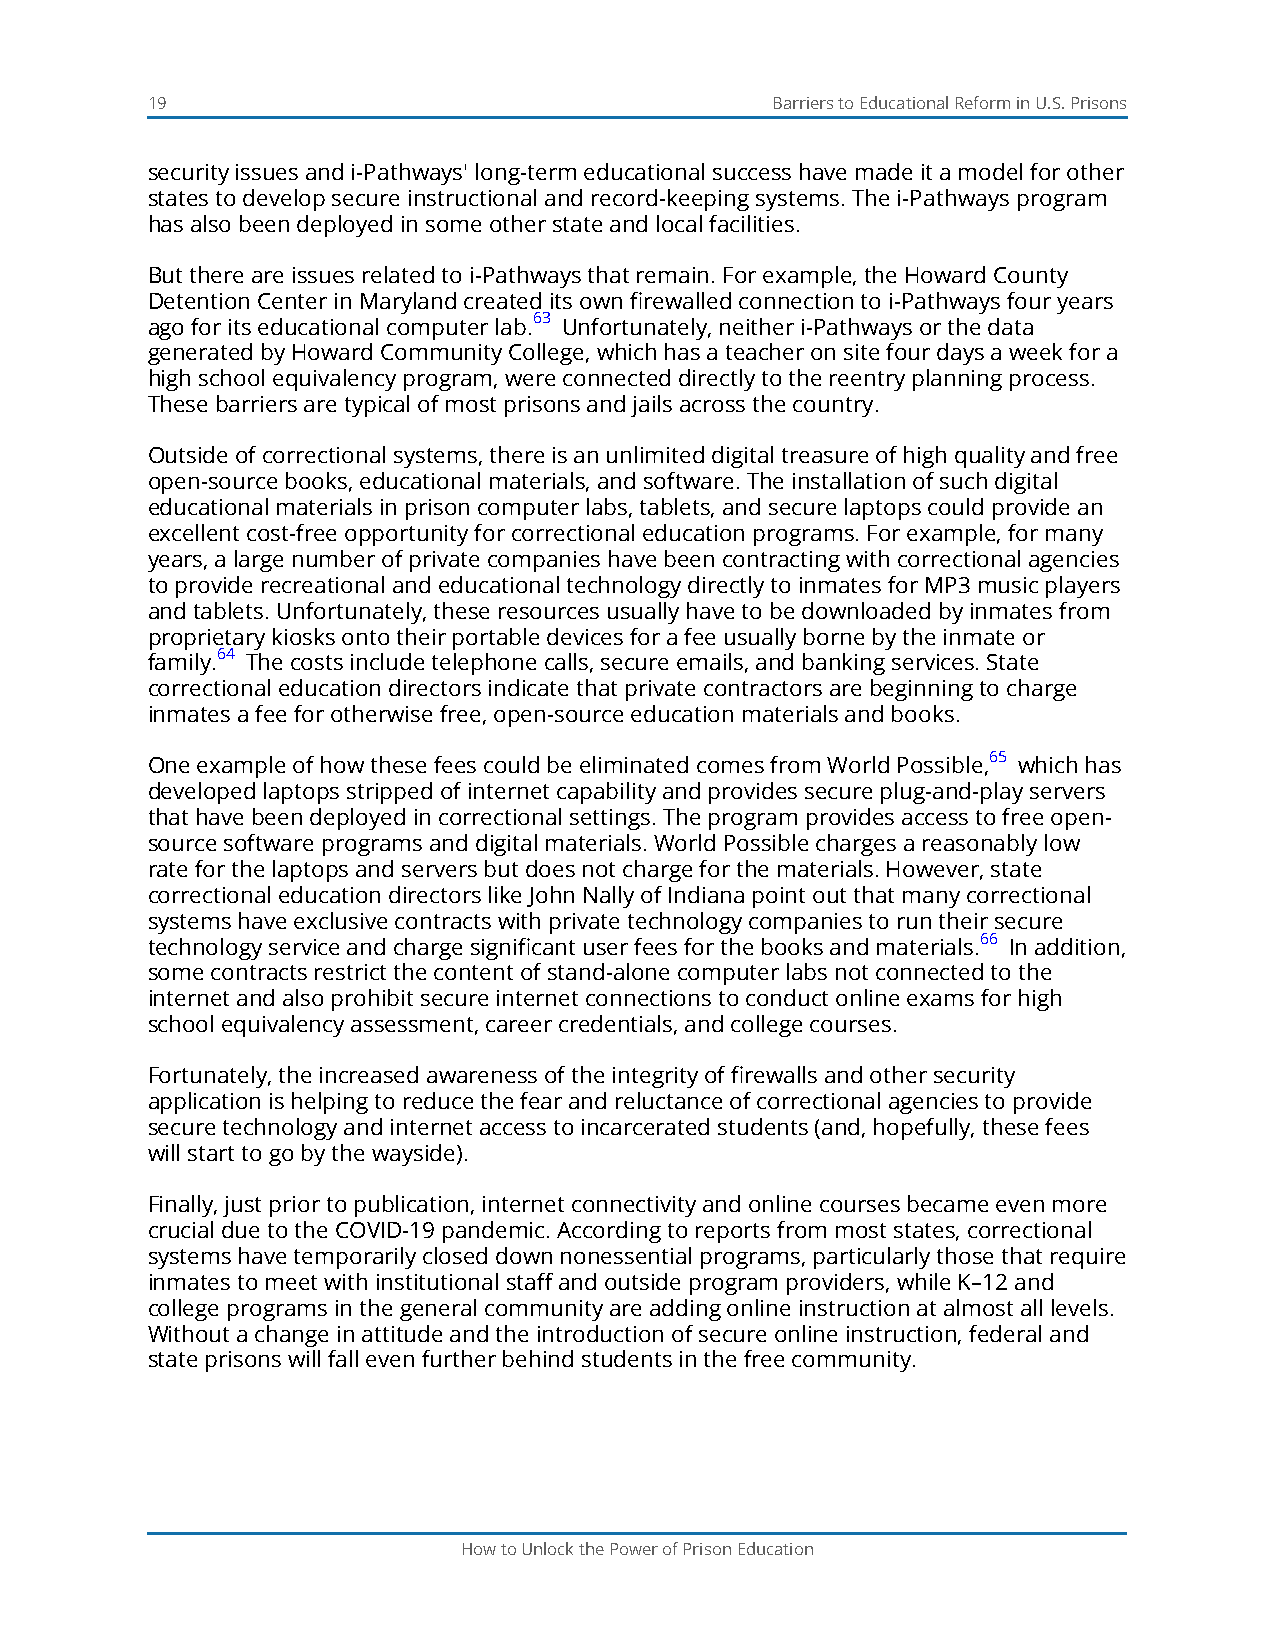
19                                       Barriers to Educational Reform in U.S. Prisons
 security issues and i-Pathways' long-term educational success have made it a model for other
 states to develop secure instructional and record-keeping systems. The i-Pathways program
 has also been deployed in some other state and local facilities.
 But there are issues related to i-Pathways that remain. For example, the Howard County
 Detention Center in Maryland created its own firewalled connection to i-Pathways four years
 ago for its educational computer lab.63 Unfortunately, neither i-Pathways or the data
 generated by Howard Community College, which has a teacher on site four days a week for a
 high school equivalency program, were connected directly to the reentry planning process.
 These barriers are typical of most prisons and jails across the country.
 Outside of correctional systems, there is an unlimited digital treasure of high quality and free
 open-source books, educational materials, and software. The installation of such digital
 educational materials in prison computer labs, tablets, and secure laptops could provide an
 excellent cost-free opportunity for correctional education programs. For example, for many
 years, a large number of private companies have been contracting with correctional agencies
 to provide recreational and educational technology directly to inmates for MP3 music players
 and tablets. Unfortunately, these resources usually have to be downloaded by inmates from
 proprietary kiosks onto their portable devices for a fee usually borne by the inmate or
 family.64 The costs include telephone calls, secure emails, and banking services. State
 correctional education directors indicate that private contractors are beginning to charge
 inmates a fee for otherwise free, open-source education materials and books.
 One example of how these fees could be eliminated comes from World Possible,65 which has
 developed laptops stripped of internet capability and provides secure plug-and-play servers
 that have been deployed in correctional settings. The program provides access to free open-
 source software programs and digital materials. World Possible charges a reasonably low
 rate for the laptops and servers but does not charge for the materials. However, state
 correctional education directors like John Nally of Indiana point out that many correctional
 systems have exclusive contracts with private technology companies to run their secure
 technology service and charge significant user fees for the books and materials.66 In addition,
 some contracts restrict the content of stand-alone computer labs not connected to the
 internet and also prohibit secure internet connections to conduct online exams for high
 school equivalency assessment, career credentials, and college courses.
 Fortunately, the increased awareness of the integrity of firewalls and other security
 application is helping to reduce the fear and reluctance of correctional agencies to provide
 secure technology and internet access to incarcerated students (and, hopefully, these fees
 will start to go by the wayside).
 Finally, just prior to publication, internet connectivity and online courses became even more
 crucial due to the COVID-19 pandemic. According to reports from most states, correctional
 systems have temporarily closed down nonessential programs, particularly those that require
 inmates to meet with institutional staff and outside program providers, while K–12 and
 college programs in the general community are adding online instruction at almost all levels.
 Without a change in attitude and the introduction of secure online instruction, federal and
 state prisons will fall even further behind students in the free community.
 How to Unlock the Power of Prison Education